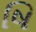
ષિ